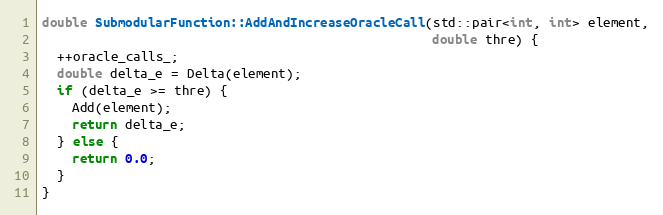
Language: C++
double SubmodularFunction::AddAndIncreaseOracleCall(std::pair<int, int> element,
                                                    double thre) {
  ++oracle_calls_;
  double delta_e = Delta(element);
  if (delta_e >= thre) {
    Add(element);
    return delta_e;
  } else {
    return 0.0;
  }
}